Report of the Imperial Institute of Veterinary Research, Muktesar
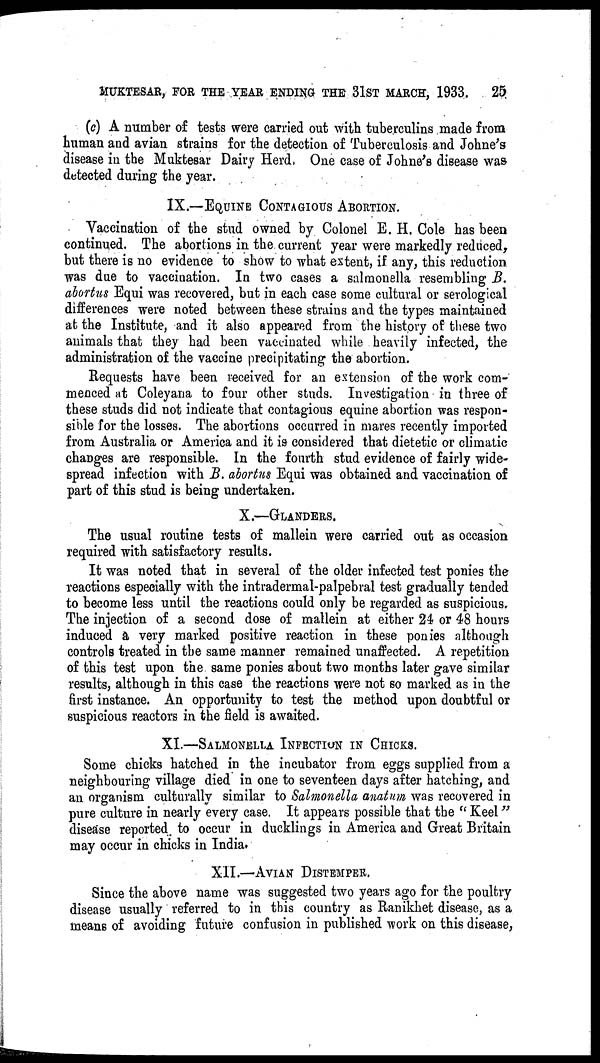
MUKTESAR, FOR THE YEAR ENDING THE 31ST MARCH, 1933.
25
(c) A number of tests were carried out with tuberculins made from
human and avian strains for the detection of Tuberculosis and Johne's
disease in the Muktesar Dairy Herd. One case of Johne's disease was
detected during the year.
IX.—EQUINE CONTAGIOUS ABORTION.
Vaccination of the stud owned by Colonel E. H. Cole has been
continued. The abortions in the current year were markedly reduced,
but there is no evidence to show to what extent, if any, this reduction
was due to vaccination. In two cases a salmonella resembling B.
abortus Equi was recovered, but in each case some cultural or serological
differences were noted between these strains and the types maintained
at the Institute, and it also appeared from the history of these two
animals that they had been vaccinated while heavily infected, the
administration of the vaccine precipitating the abortion.
Requests have been received for an extension of the work com-
menced at Coleyana to four other studs. Investigation in three of
these studs did not indicate that contagious equine abortion was respon-
sible for the losses. The abortions occurred in mares recently imported
from Australia or America and it is considered that dietetic or climatic
changes are responsible. In the fourth stud evidence of fairly wide-
spread infection with B. abortus Equi was obtained and vaccination of
part of this stud is being undertaken.
X.—GLANDERS.
The usual routine tests of mallein were carried out as occasion
required with satisfactory results.
It was noted that in several of the older infected test ponies the
reactions especially with the intradermal-palpebral test gradually tended
to become less until the reactions could only be regarded as suspicious.
The injection of a second dose of mallein at either 24 or 48 hours
induced a very marked positive reaction in these ponies although
controls treated in the same manner remained unaffected. A repetition
of this test upon the same ponies about two months later gave similar
results, although in this case the reactions were not so marked as in the
first instance. An opportunity to test the method upon doubtful or
suspicious reactors in the field is awaited.
XI.—SALMONELLA INFECTION IN CHICKS.
Some chicks hatched in the incubator from eggs supplied from a
neighbouring village died in one to seventeen days after hatching, and
an organism culturally similar to Salmonella anatum was recovered in
pure culture in nearly every case. It appears possible that the " Keel"
disease reported to occur in ducklings in America and Great Britain
may occur in chicks in India.
XII.—AVIAN DISTEMPER.
Since the above name was suggested two years ago for the poultry
disease usually referred to in this country as Ranikhet disease, as a
means of avoiding future confusion in published work on this disease,